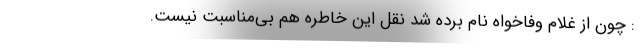
: چون از غلام وفاخواه نام برده شد نقل این خاطره هم بی‌مناسبت نیست.